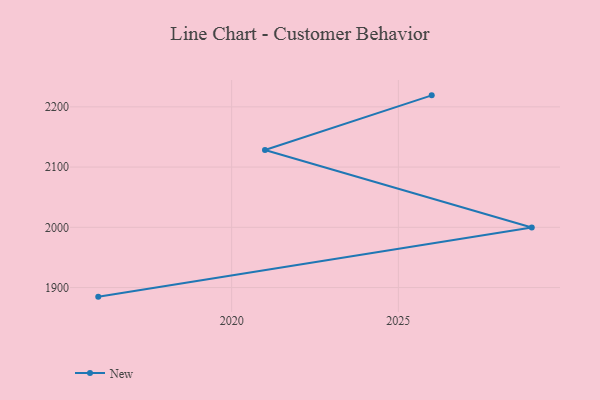
{"axis": {"x": "Year", "y": "Tickets Resolved"}, "legend": ["New"], "data": [{"x": "2026", "y": 2219.1, "type": "New"}, {"x": "2021", "y": 2128.4, "type": "New"}, {"x": "2029", "y": 1999.6, "type": "New"}, {"x": "2016", "y": 1884.9, "type": "New"}]}